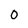
Character: 0